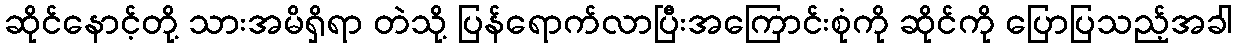
ဆိုင်နောင့်တို့ သားအမိရှိရာ တဲသို့ ပြန်ရောက်လာပြီးအကြောင်းစုံကို ဆိုင်ကို ပြောပြသည့်အခါ